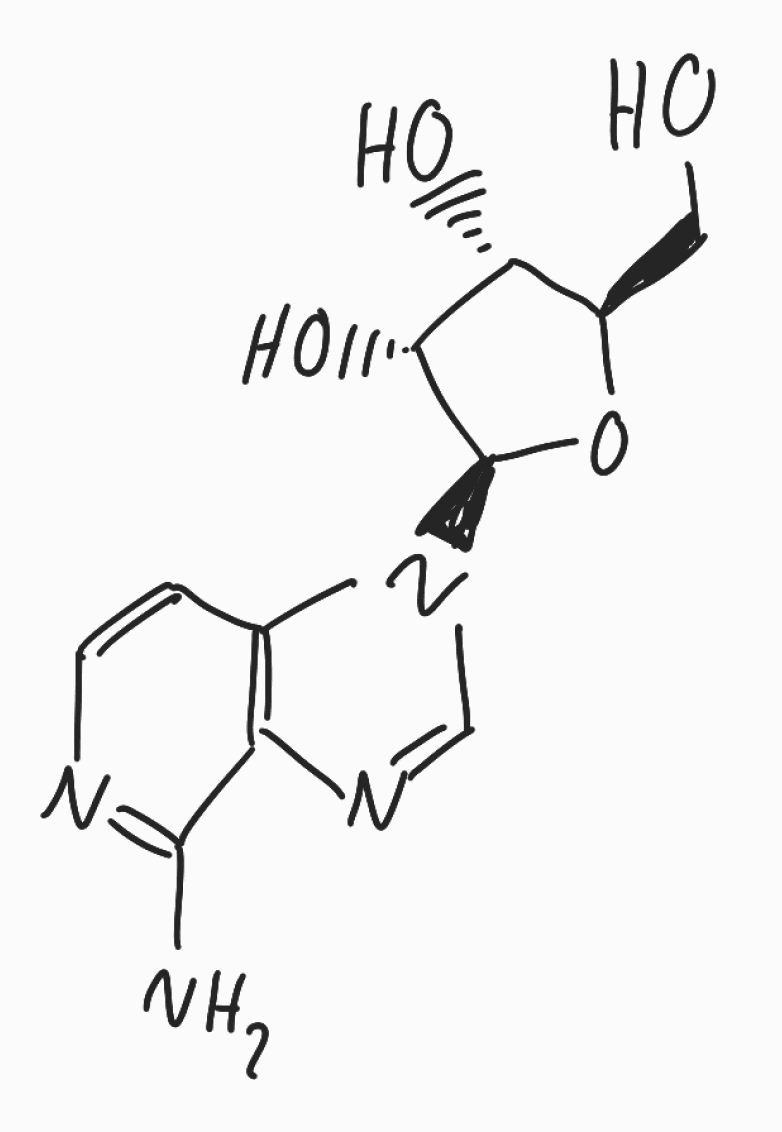
Simplified molecular-input line-entry system (SMILES) notation of the given molecule:
C1=CN=C(C2=C1N(C=N2)[C@H]3[C@@H]([C@@H]([C@H](O3)CO)O)O)N